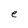
Character: e